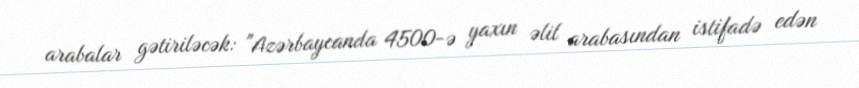
arabalar gətiriləcək: "Azərbaycanda 4500-ə yaxın əlil arabasından istifadə edən